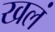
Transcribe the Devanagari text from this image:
खलं